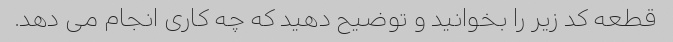
قطعه کد زیر را بخوانید و توضیح دهید که چه کاری انجام می دهد.